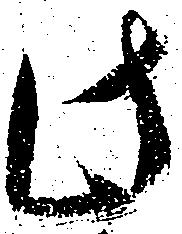
此